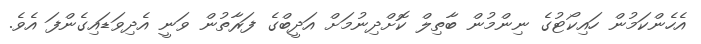
އެހެންކަމުން ހައިކޯޓުގެ ނިންމުން ބާތިލް ކޮށްދިނުމަށް އަދީބްގެ ފަރާތުން ވަނީ އެދިވަޑައިގެންފަ އެވެ.